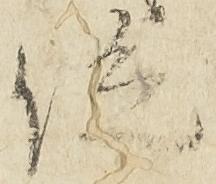
位